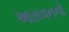
આસવનનો